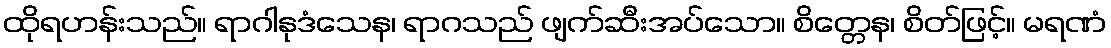
ထိုရဟန်းသည်။ ရာဂါနုဒံသေန၊ ရာဂသည် ဖျက်ဆီးအပ်သော။ စိတ္တေန၊ စိတ်ဖြင့်။ မရဏံ